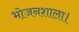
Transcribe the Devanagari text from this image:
भोजनशाला।